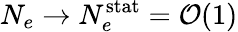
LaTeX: N_{e}\rightarrow N_{e}^{\mathrm{stat}}=\mathcal{O}(1)